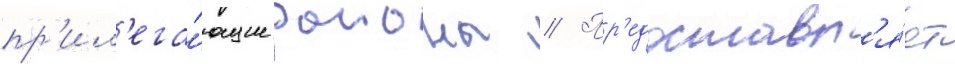
пр'ил'ега́ющие раионы // Пр'едоставл'я́ет